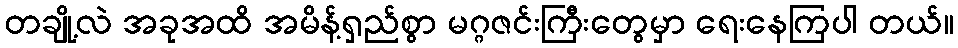
တချို့လဲ အခုအထိ အမိန့်ရှည်စွာ မဂ္ဂဇင်းကြီးတွေမှာ ရေးနေကြပါ တယ်။